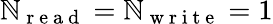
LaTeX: \mathbb{N}_{\mathrm{{~r~e~a~d~}}}=\mathbb{N}_{\mathrm{{~w~r~i~t~e~}}}=1